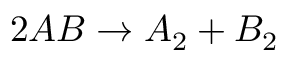
2 A B \to A _ { 2 } + B _ { 2 }